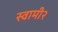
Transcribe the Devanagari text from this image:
स्वामी२